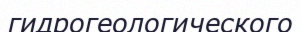
гидрогеологического